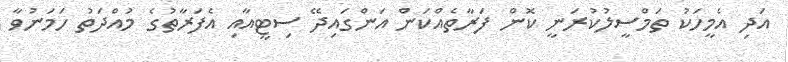
އަދި އެމީހަކު ތަމްސީލުކުރަނީ ކޮން ފަރާތެއްކަން އަންގައިދޭ ސިޓީއާއި އެފަރާތުގެ މުއްދަތު ހަމަނުވާ